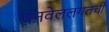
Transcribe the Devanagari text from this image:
पनवेललगतची